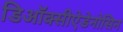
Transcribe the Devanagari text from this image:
डिऑक्सीऐडेनोसिन